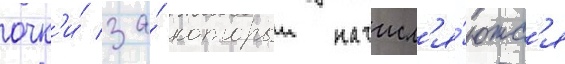
очк'и́ за́ которыи начисл'я́ютс'я